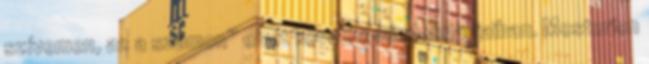
szívemen, az a számon” elvet követi a mindennapjaiban. Mesterien